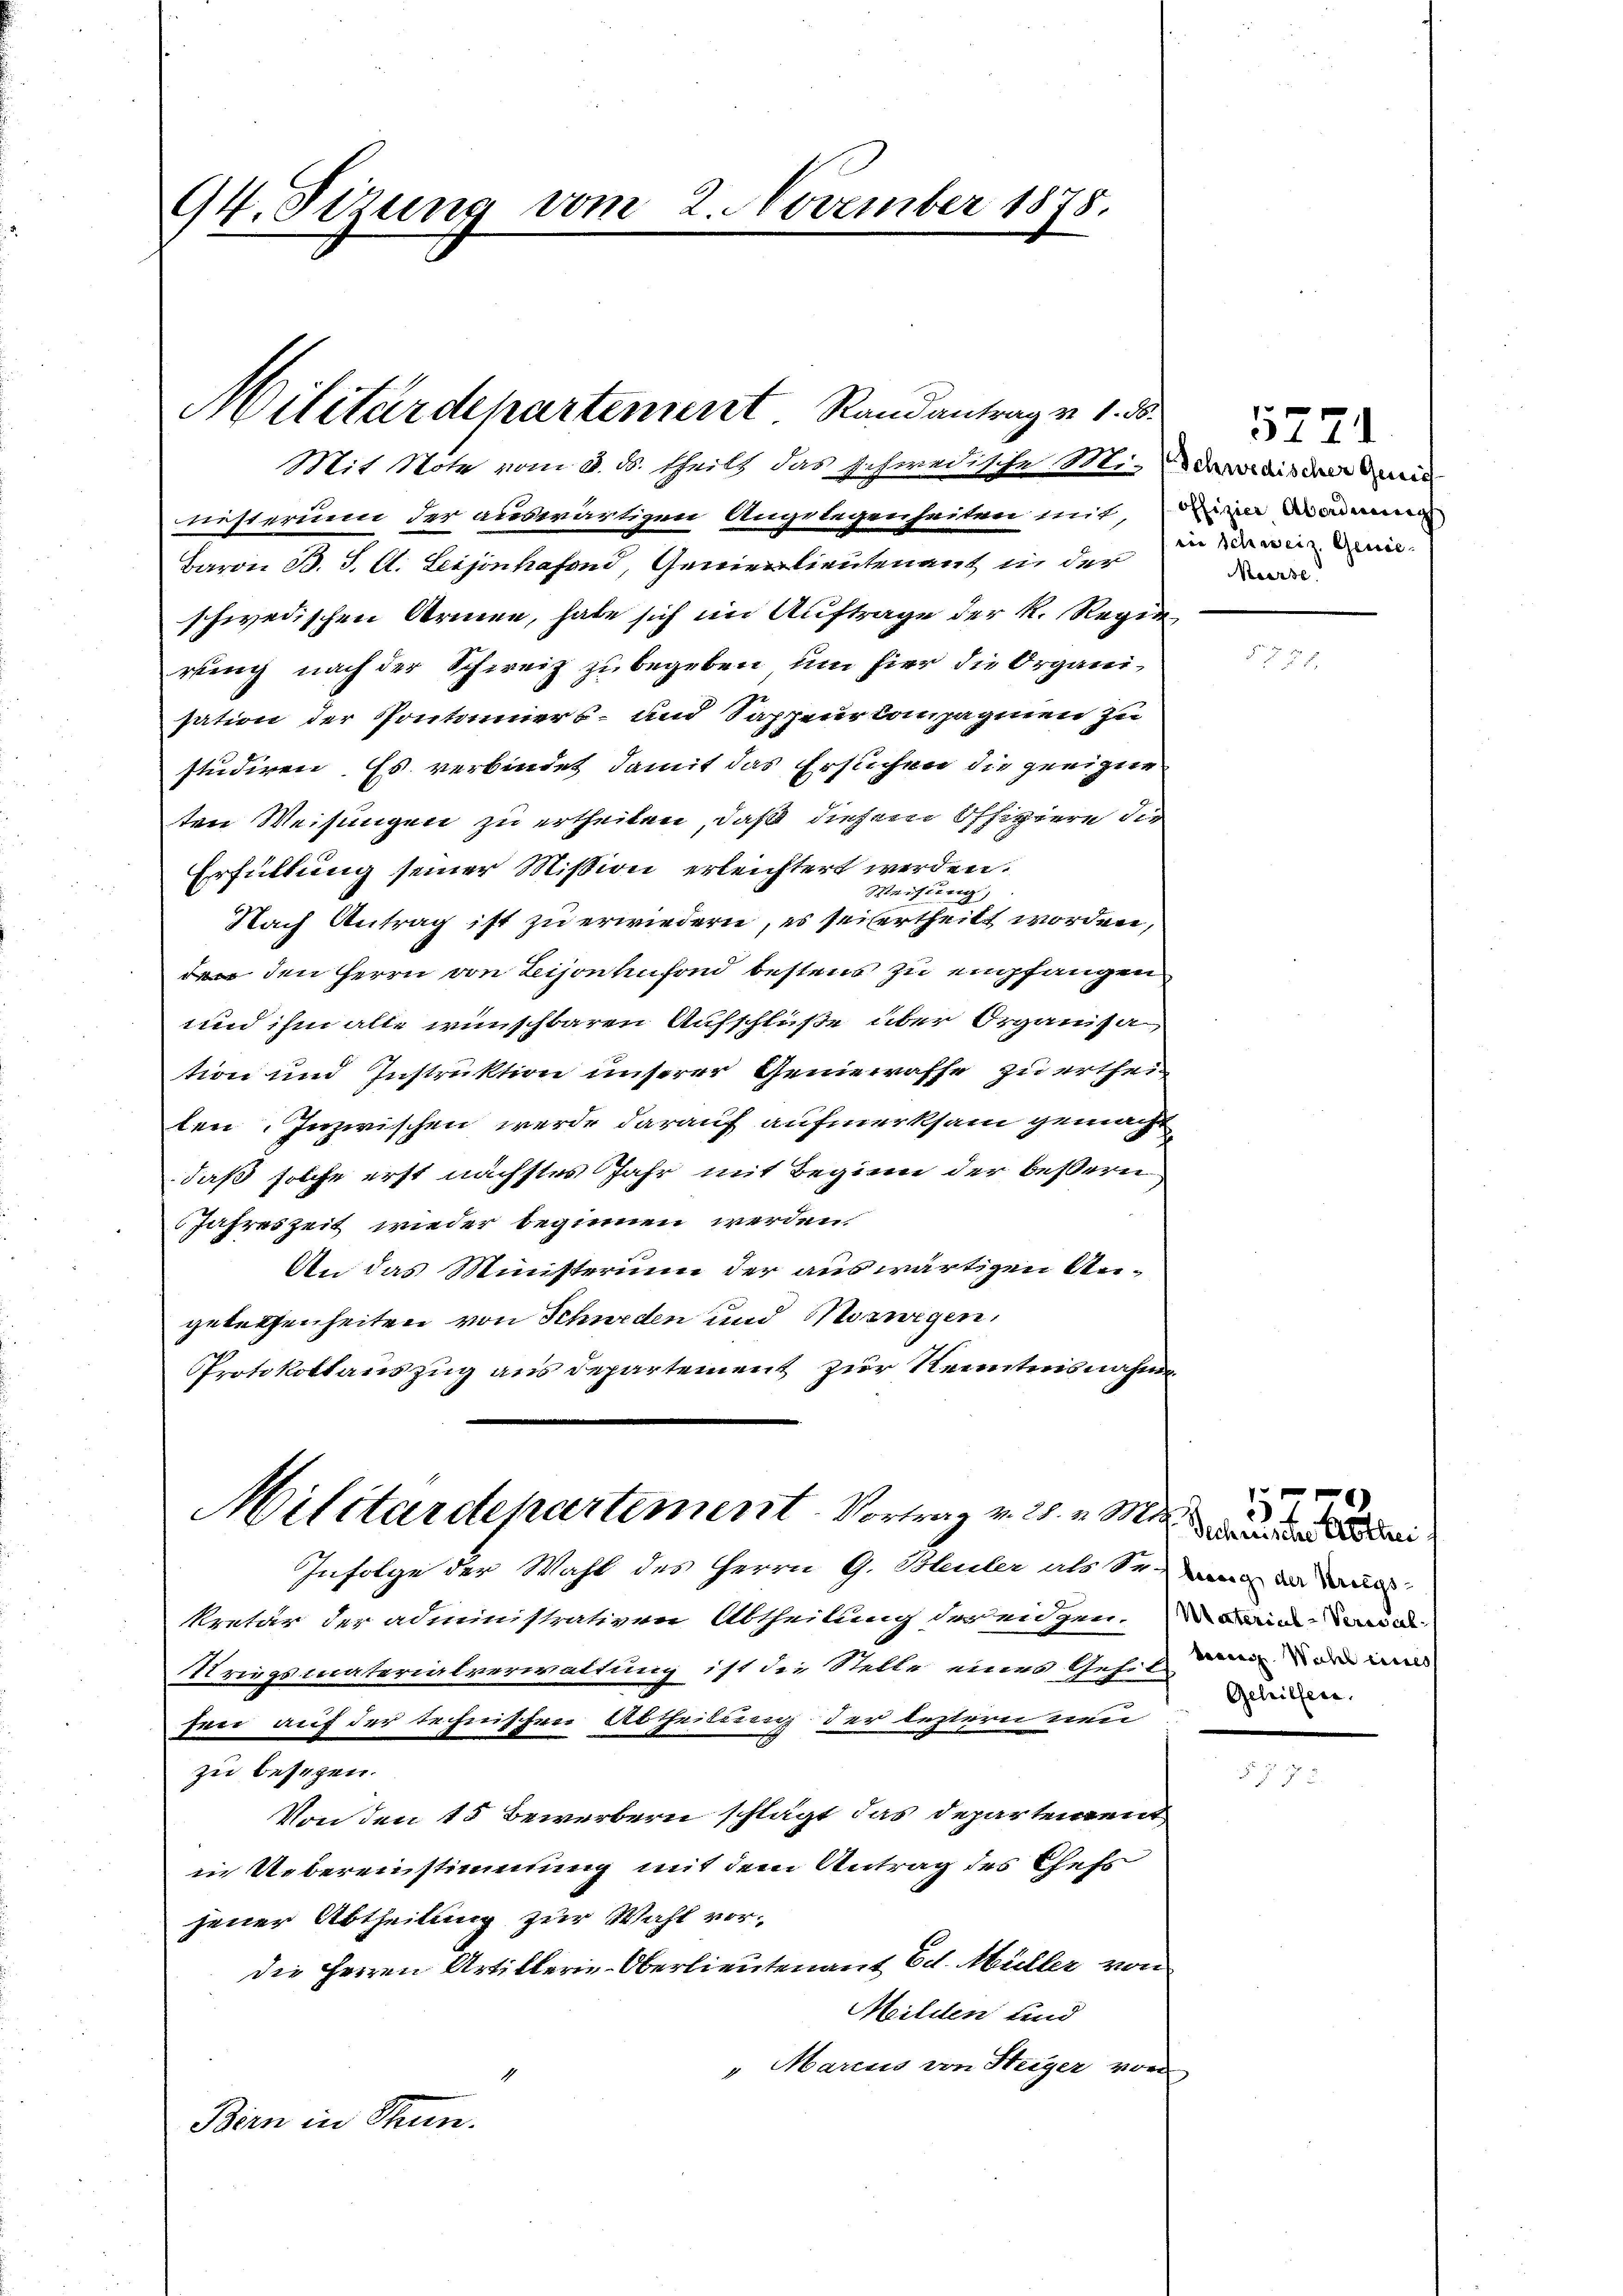
Mit Mote vom 8. ds. theils das schwedische Mindeweise di
nisterium der auswärtigen Angelegenheiten mit, der Badeg
Baron B. J. A. Leijonhafond, Genierlieutenant in der
schwedischen Armen, habe sich im Auftrage der k. Regierung nach der Schweiz zu begeben, um hier die Organisation der Pontoniers- und Sappeurkompaginen zu
studiren. Es verbindet damit das Ersuchen die geeigne
ten Weisungen zu ertheilen, daß diesem Offiziere die
Erfüllung seiner Mission erleichtert werden.
Weisung,
Nach Antrag ist zu erwiedern, es seitertheilt worden,
n den Herrn von Lisonenfond bestens zu empfangen
und ihm alle wünschbaren Aufschlüße über Organisation und Instruktion unserer Genierrasse zu ertheiten. Inzwischen werde darauf aufmerksam gemacht
daß solche erst nächstes Jahr mit Beginn der beßern
Jahreszeit wieder beginnen werden.
An das Ministerium der auswärtigen Angelegenheiten von Schweden und Mozuegen,
Protokollauszug aus Departement zur Kenntnisnahme

94. Sizung vom 2. November 1878.

Militärdepartement. Randantrag v. 1. 30.

Militärdepartement. Vortrag v. 28. v. Mts. die

Infolge der Wahl des Herrn G. Bleuler als Sei die auc
kretär der administrativen Abtheilung der eidgen. Dann d
Kriegsmaterialverwaltung ist die Stelle eines Gehil weil der in
sen auf der technischen Abtheilung der bestern neu
zu besehen.
Von den 15 Bewerbern schlägt das Departement
in Uebereinstimmung mit dem Antrag des Chefs
jener Abtheilung zur Wahl vordie Herren Artillerie-Oberlieutenant Ed. Müller vom
Milden und
"Marcus von Heiger von
1
Bern in Stum.

5771
iie schweiz Gener.
urse

.
Gehilfen.